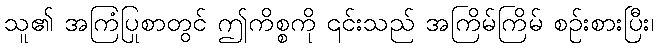
သူ၏ အကြံပြုစာတွင် ဤကိစ္စကို ၎င်းသည် အကြိမ်ကြိမ် စဉ်းစားပြီး၊